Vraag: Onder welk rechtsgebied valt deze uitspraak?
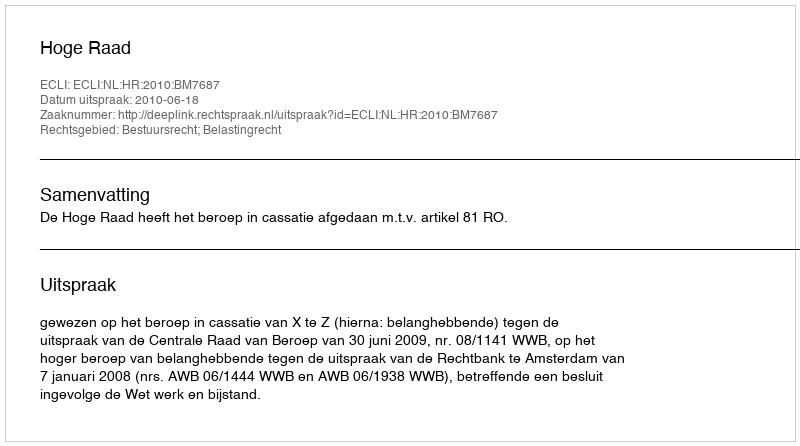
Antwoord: Bestuursrecht; Belastingrecht